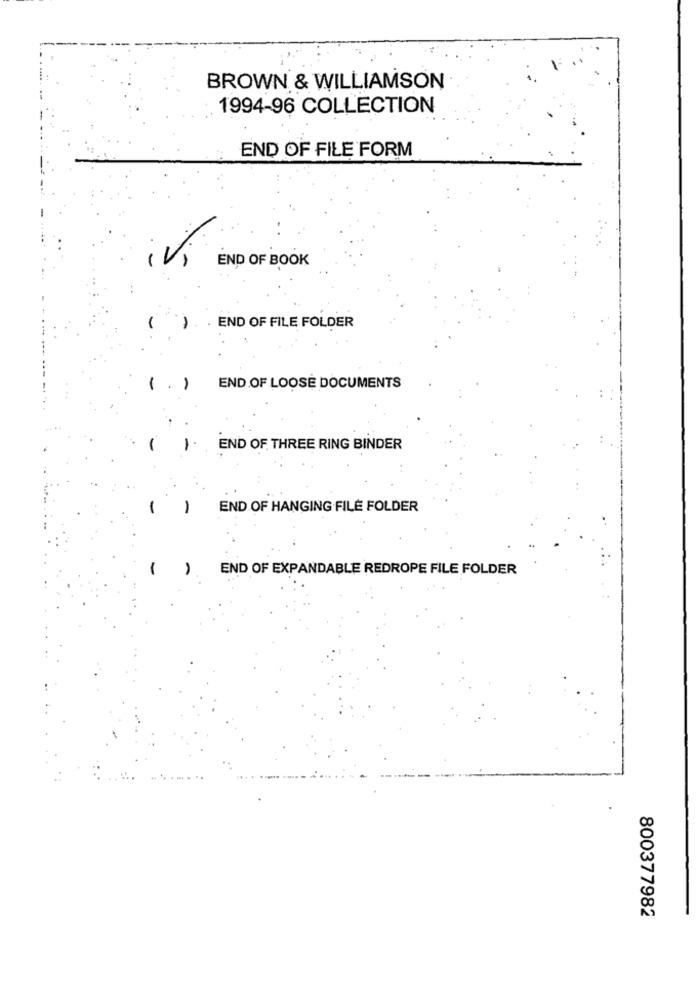
BROWN & WILLIAMSON
1994-96 COLLECTION
END OF FILE FORM
END OF BOOK
. END OF FILE FOLDER
1.1
END OF LOOSE DOCUMENTS
END OF THREE RING BINDER
END OF HANGING FILE FOLDER
END OF EXPANDABLE REDROPE FILE FOLDER
800377982